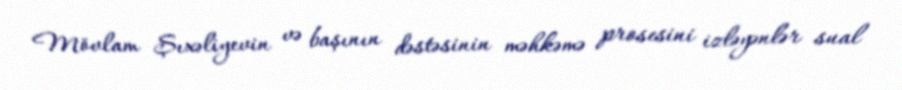
Mövlam Şıxəliyevin və başının dəstəsinin məhkəmə prosesini izləyənlər sual